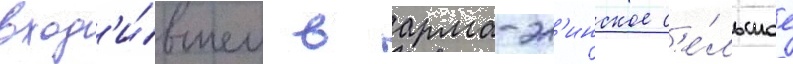
вход'и́вшем в арма-эл'инское с'е́льское